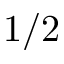
1 / 2